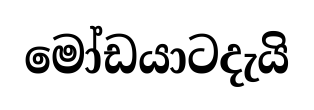
මෝඩයාටදැයි